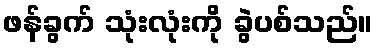
ဖန်ခွက် သုံးလုံးကို ခွဲပစ်သည်။